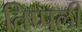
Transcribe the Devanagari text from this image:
तिप्पली